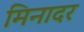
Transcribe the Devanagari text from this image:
मिनादर